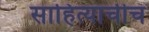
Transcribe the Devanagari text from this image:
साहित्याचीच